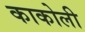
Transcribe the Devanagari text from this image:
काकोली